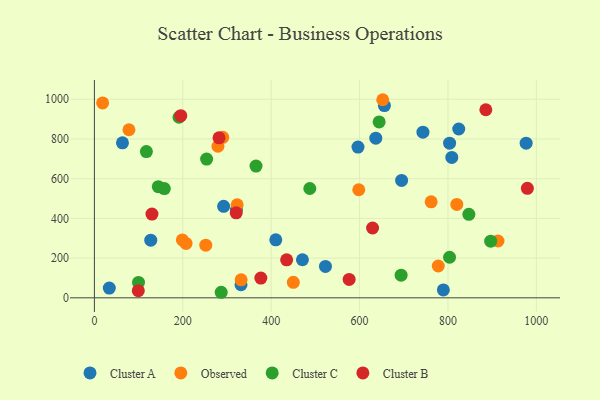
{"axis": {"x": "Engine Size", "y": "Profit"}, "legend": ["Cluster A", "Cluster B", "Cluster C", "Observed"], "data": [{"x": "63.5", "y": 780.3, "type": "Cluster A"}, {"x": "321.4", "y": 441.7, "type": "Cluster A"}, {"x": "331.7", "y": 65.7, "type": "Cluster A"}, {"x": "789.6", "y": 39.8, "type": "Cluster A"}, {"x": "636.7", "y": 804.2, "type": "Cluster A"}, {"x": "808.7", "y": 707.2, "type": "Cluster A"}, {"x": "596.4", "y": 759.1, "type": "Cluster A"}, {"x": "695.1", "y": 591.3, "type": "Cluster A"}, {"x": "470.7", "y": 191.6, "type": "Cluster A"}, {"x": "410.4", "y": 291.8, "type": "Cluster A"}, {"x": "803.7", "y": 778.8, "type": "Cluster A"}, {"x": "522.8", "y": 158.1, "type": "Cluster A"}, {"x": "824.4", "y": 850.2, "type": "Cluster A"}, {"x": "976.9", "y": 778.7, "type": "Cluster A"}, {"x": "127.5", "y": 290.5, "type": "Cluster A"}, {"x": "33.7", "y": 48.9, "type": "Cluster A"}, {"x": "292.4", "y": 461.0, "type": "Cluster A"}, {"x": "656.2", "y": 968.0, "type": "Cluster A"}, {"x": "743.4", "y": 834.0, "type": "Cluster A"}, {"x": "290.4", "y": 808.4, "type": "Observed"}, {"x": "820.0", "y": 470.2, "type": "Observed"}, {"x": "450.1", "y": 78.1, "type": "Observed"}, {"x": "252.0", "y": 265.2, "type": "Observed"}, {"x": "598.2", "y": 544.2, "type": "Observed"}, {"x": "18.6", "y": 981.3, "type": "Observed"}, {"x": "199.0", "y": 291.6, "type": "Observed"}, {"x": "332.0", "y": 90.6, "type": "Observed"}, {"x": "279.5", "y": 763.3, "type": "Observed"}, {"x": "323.0", "y": 468.3, "type": "Observed"}, {"x": "913.2", "y": 286.1, "type": "Observed"}, {"x": "78.2", "y": 846.3, "type": "Observed"}, {"x": "778.1", "y": 160.3, "type": "Observed"}, {"x": "762.0", "y": 483.5, "type": "Observed"}, {"x": "652.4", "y": 997.6, "type": "Observed"}, {"x": "207.4", "y": 273.9, "type": "Observed"}, {"x": "253.9", "y": 698.8, "type": "Cluster C"}, {"x": "117.6", "y": 736.5, "type": "Cluster C"}, {"x": "158.2", "y": 550.3, "type": "Cluster C"}, {"x": "896.7", "y": 285.1, "type": "Cluster C"}, {"x": "847.3", "y": 420.5, "type": "Cluster C"}, {"x": "803.6", "y": 204.4, "type": "Cluster C"}, {"x": "191.5", "y": 909.3, "type": "Cluster C"}, {"x": "694.0", "y": 114.0, "type": "Cluster C"}, {"x": "99.8", "y": 77.3, "type": "Cluster C"}, {"x": "286.9", "y": 27.9, "type": "Cluster C"}, {"x": "487.4", "y": 550.5, "type": "Cluster C"}, {"x": "644.3", "y": 885.9, "type": "Cluster C"}, {"x": "365.7", "y": 663.6, "type": "Cluster C"}, {"x": "144.6", "y": 559.9, "type": "Cluster C"}, {"x": "629.4", "y": 351.7, "type": "Cluster B"}, {"x": "576.4", "y": 92.4, "type": "Cluster B"}, {"x": "195.5", "y": 917.4, "type": "Cluster B"}, {"x": "435.0", "y": 191.2, "type": "Cluster B"}, {"x": "320.9", "y": 427.8, "type": "Cluster B"}, {"x": "282.0", "y": 805.5, "type": "Cluster B"}, {"x": "99.3", "y": 35.8, "type": "Cluster B"}, {"x": "885.7", "y": 947.1, "type": "Cluster B"}, {"x": "979.7", "y": 551.5, "type": "Cluster B"}, {"x": "130.2", "y": 421.6, "type": "Cluster B"}, {"x": "376.6", "y": 99.6, "type": "Cluster B"}]}